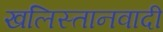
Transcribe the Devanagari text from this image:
खलिस्तानवादी